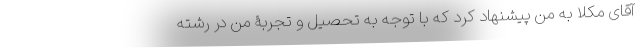
آقای مُکلّا به من پیشنهاد کرد که با توجه به تحصیل و تجربۀ من در رشته